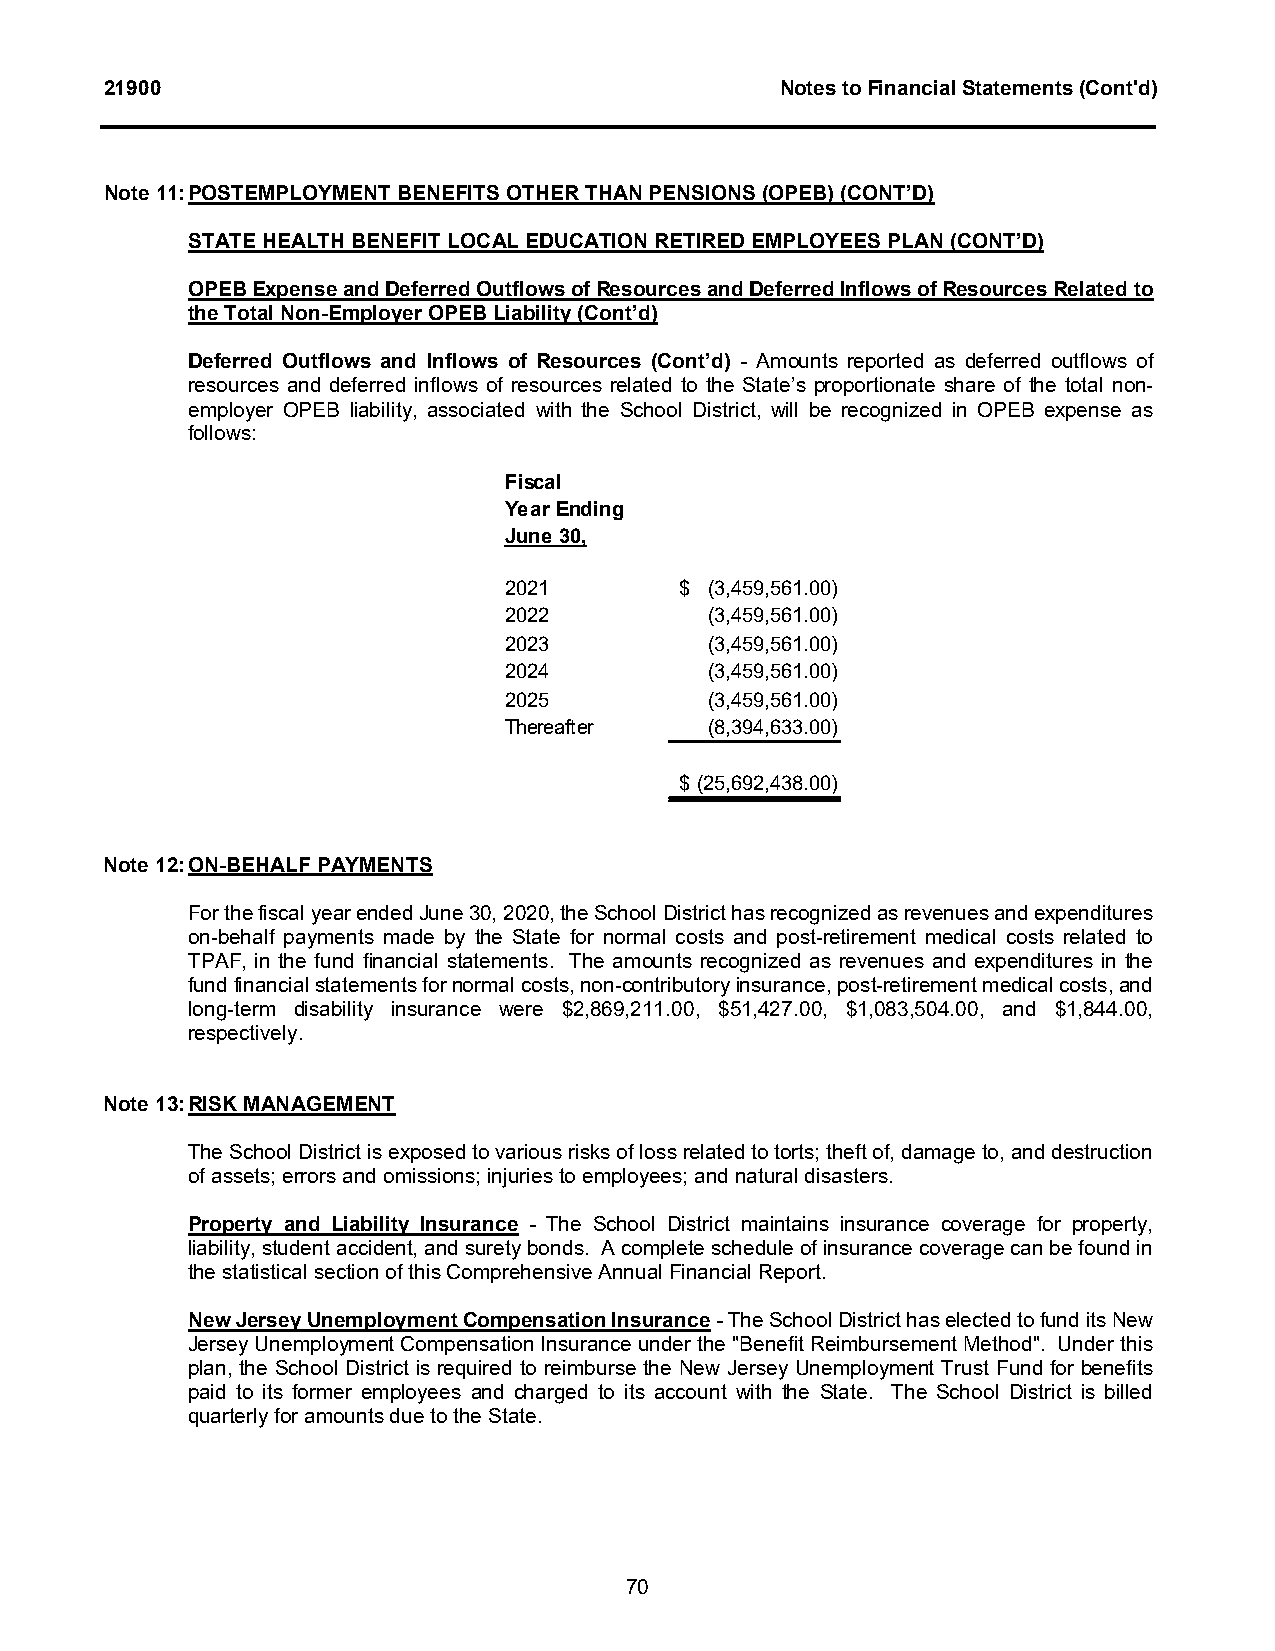
21900                                        Notes to Financial Statements (Cont'd)
 Note 11:POSTEMPLOYMENT BENEFITS OTHER THAN PENSIONS (OPEB) (CONT’D)
 STATE HEALTH BENEFITLOCAL EDUCATION RETIRED EMPLOYEES PLAN (CONT’D)
 OPEB Expense and Deferred Outflows of Resources and Deferred Inflows of Resources Related to
 the Total Non-Employer OPEB Liability (Cont’d)
 Deferred Outflows and Inflows of Resources (Cont’d) - Amounts reported as deferred outflows of
 resources and deferred inflows of resources related to the State’s proportionate share of the total non-
 employer OPEB liability, associated with the School District, will be recognized in OPEB expense as
 follows:
 Fiscal
 Year Ending
 June 30,
 2021        $ (3,459,561.00)
 2022          (3,459,561.00)
 2023          (3,459,561.00)
 2024          (3,459,561.00)
 2025          (3,459,561.00)
 Thereafter    (8,394,633.00)
 $ (25,692,438.00)
 Note 12:ON-BEHALF PAYMENTS
 For thefiscal year ended June 30, 2020, the School District has recognized as revenues and expenditures
 on-behalf payments made by the State for normal costs and post-retirement medical costs related to
 TPAF, in the fund financial statements. The amounts recognized as revenues and expenditures in the
 fund financial statements for normal costs, non-contributory insurance, post-retirement medical costs, and
 long-term disability insurance were $2,869,211.00, $51,427.00, $1,083,504.00, and $1,844.00,
 respectively.
 Note 13:RISK MANAGEMENT
 The School District is exposed to various risks of loss related to torts; theft of, damage to, and destruction
 of assets; errors and omissions; injuries to employees; and natural disasters.
 Property and Liability Insurance - The School District maintains insurance coverage for property,
 liability, student accident, and surety bonds. A complete schedule of insurance coverage can be found in
 the statistical section of this Comprehensive Annual Financial Report.
 New Jersey Unemployment Compensation Insurance-The School District has elected to fund its New
 Jersey Unemployment Compensation Insurance under the "Benefit Reimbursement Method". Under this
 plan, the School District is required to reimburse the New Jersey Unemployment Trust Fund for benefits
 paid to its former employees and charged to its account with the State. The School District is billed
 quarterly for amounts due to the State.
 70